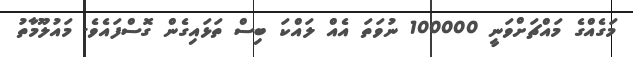
މަގެއްގެ މައްޗަށްވަނީ 100000 ނުވަތަ އެއް ލައްކަ ބިސް ތަޅައިގެން ގޮސްފައެވެ. މައުލޫމާތު